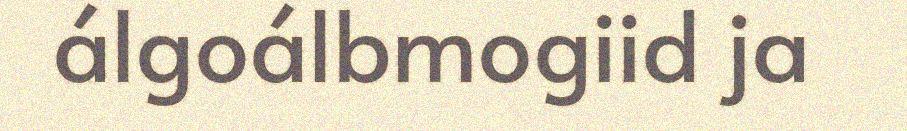
álgoálbmogiid ja